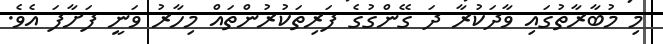
މި މުބާރާތުގައި ވާދަކުރާ ދަ ގޭންގުގެ ފަރިތަކުރުންތައް މިހާރު ވަނީ ފަށާފަ އެވެ.